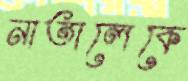
নাতালেকে